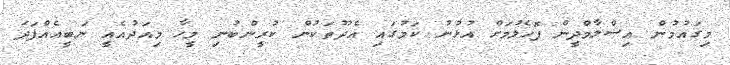
މިގައުމުން އިސްލާމްދީން ފޮހެލުމަށް އުޅުނު ކަމުގައި އެދޫތަކުން ކުރީންބުނި މީހާ މިއަދުއެއީ ނަބީއެއްފަދަ